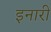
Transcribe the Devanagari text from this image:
इनारी